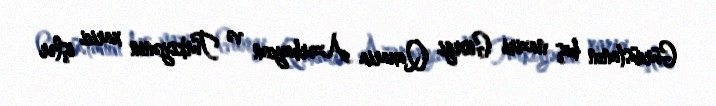
Gürcüstanın baş naziri Giorgi Qaxaria Azərbaycan və Türkiyənin xarici işlər